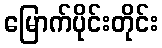
မြောက်ပိုင်းတိုင်း